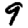
Digit: 9